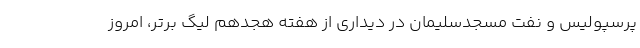
پرسپولیس و نفت مسجدسلیمان در دیداری از هفته هجدهم لیگ برتر، امروز